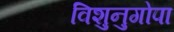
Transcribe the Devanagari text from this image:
विशुनुगोपा